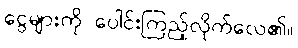
ငွေများကို ပေါင်းကြည့်လိုက်လေ၏။